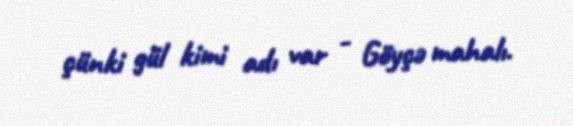
çünki gül kimi adı var - Göyçə mahalı.